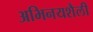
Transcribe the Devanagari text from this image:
अभिनयशैली